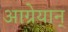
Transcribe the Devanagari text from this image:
आग्रेयान्